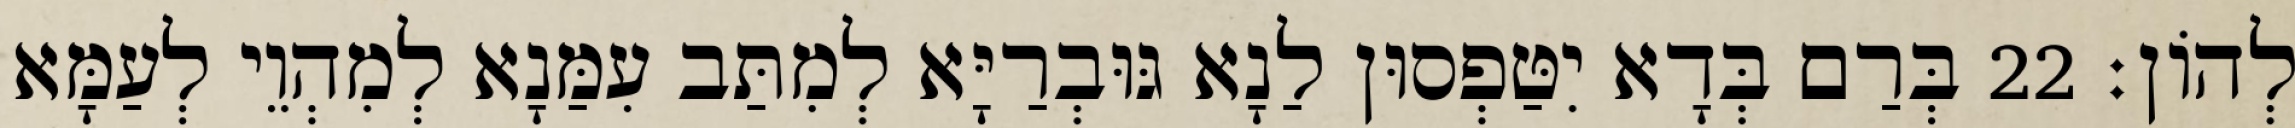
לְהוֹן׃ 22 בְּרַם בְּדָא יִטַּפְסוּן לַנָא גּוּבְרַיָּא לְמִתַּב עִמַּנָא לְמִהְוֵי לְעַמָּא